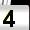
Digit: 4